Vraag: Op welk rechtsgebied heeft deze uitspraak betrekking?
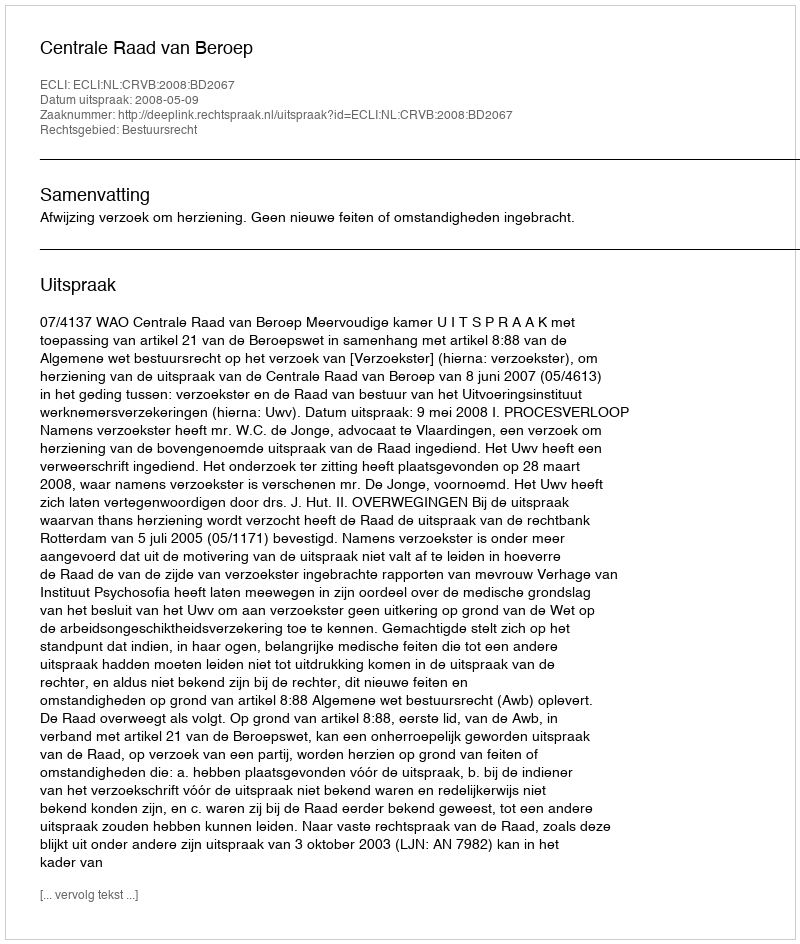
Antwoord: Bestuursrecht